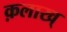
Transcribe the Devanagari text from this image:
क़लाख्‌